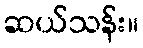
ဆယ်သန်း။